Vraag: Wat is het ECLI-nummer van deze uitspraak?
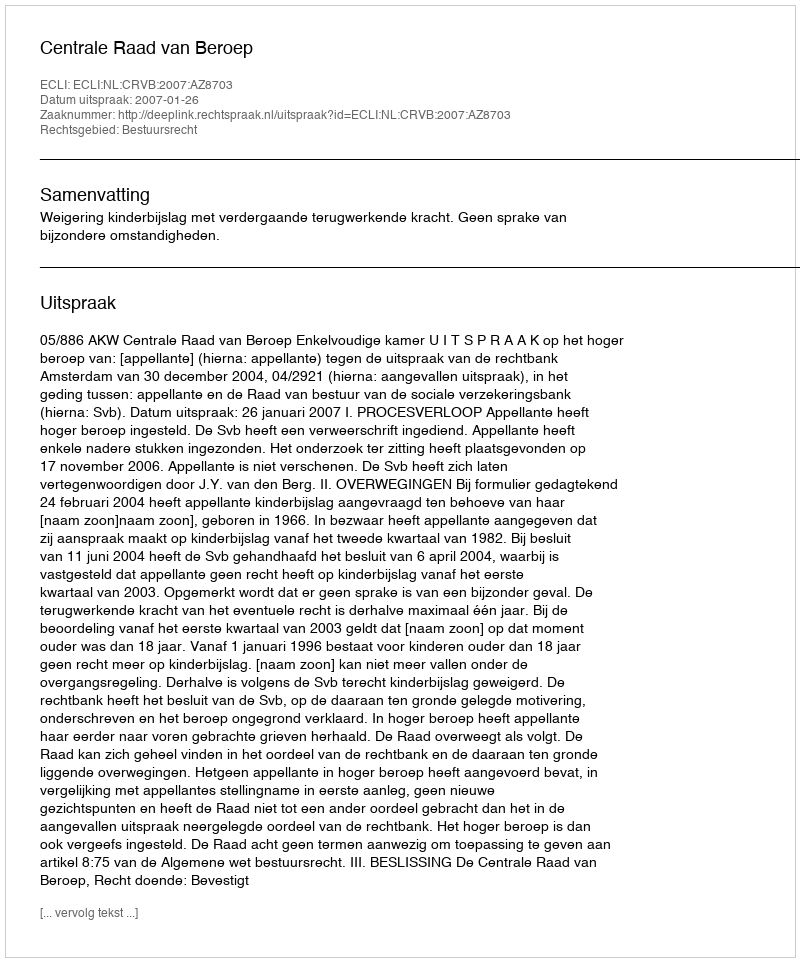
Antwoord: ECLI:NL:CRVB:2007:AZ8703